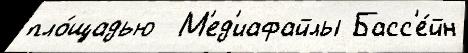
пло́щадью  М'ед'иафайлы Басс'е́йн